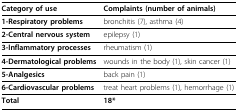
| Category of use | Complaints (number of animals) |
 | --- | --- |
 | 1-Respiratory problems | bronchitis (7), asthma (4) |
 | 2-Central nervous system | epilepsy (1) |
 | 3-Inflammatory processes | rheumatism (1) |
 | 4-Dermatological problems | wounds in the body (1), skin cancer (1) |
 | 5-Analgesics | back pain (1) |
 | 6-Cardiovascular problems | treat heart problems (1), hemorrhage (1) |
 | Total | 18* |